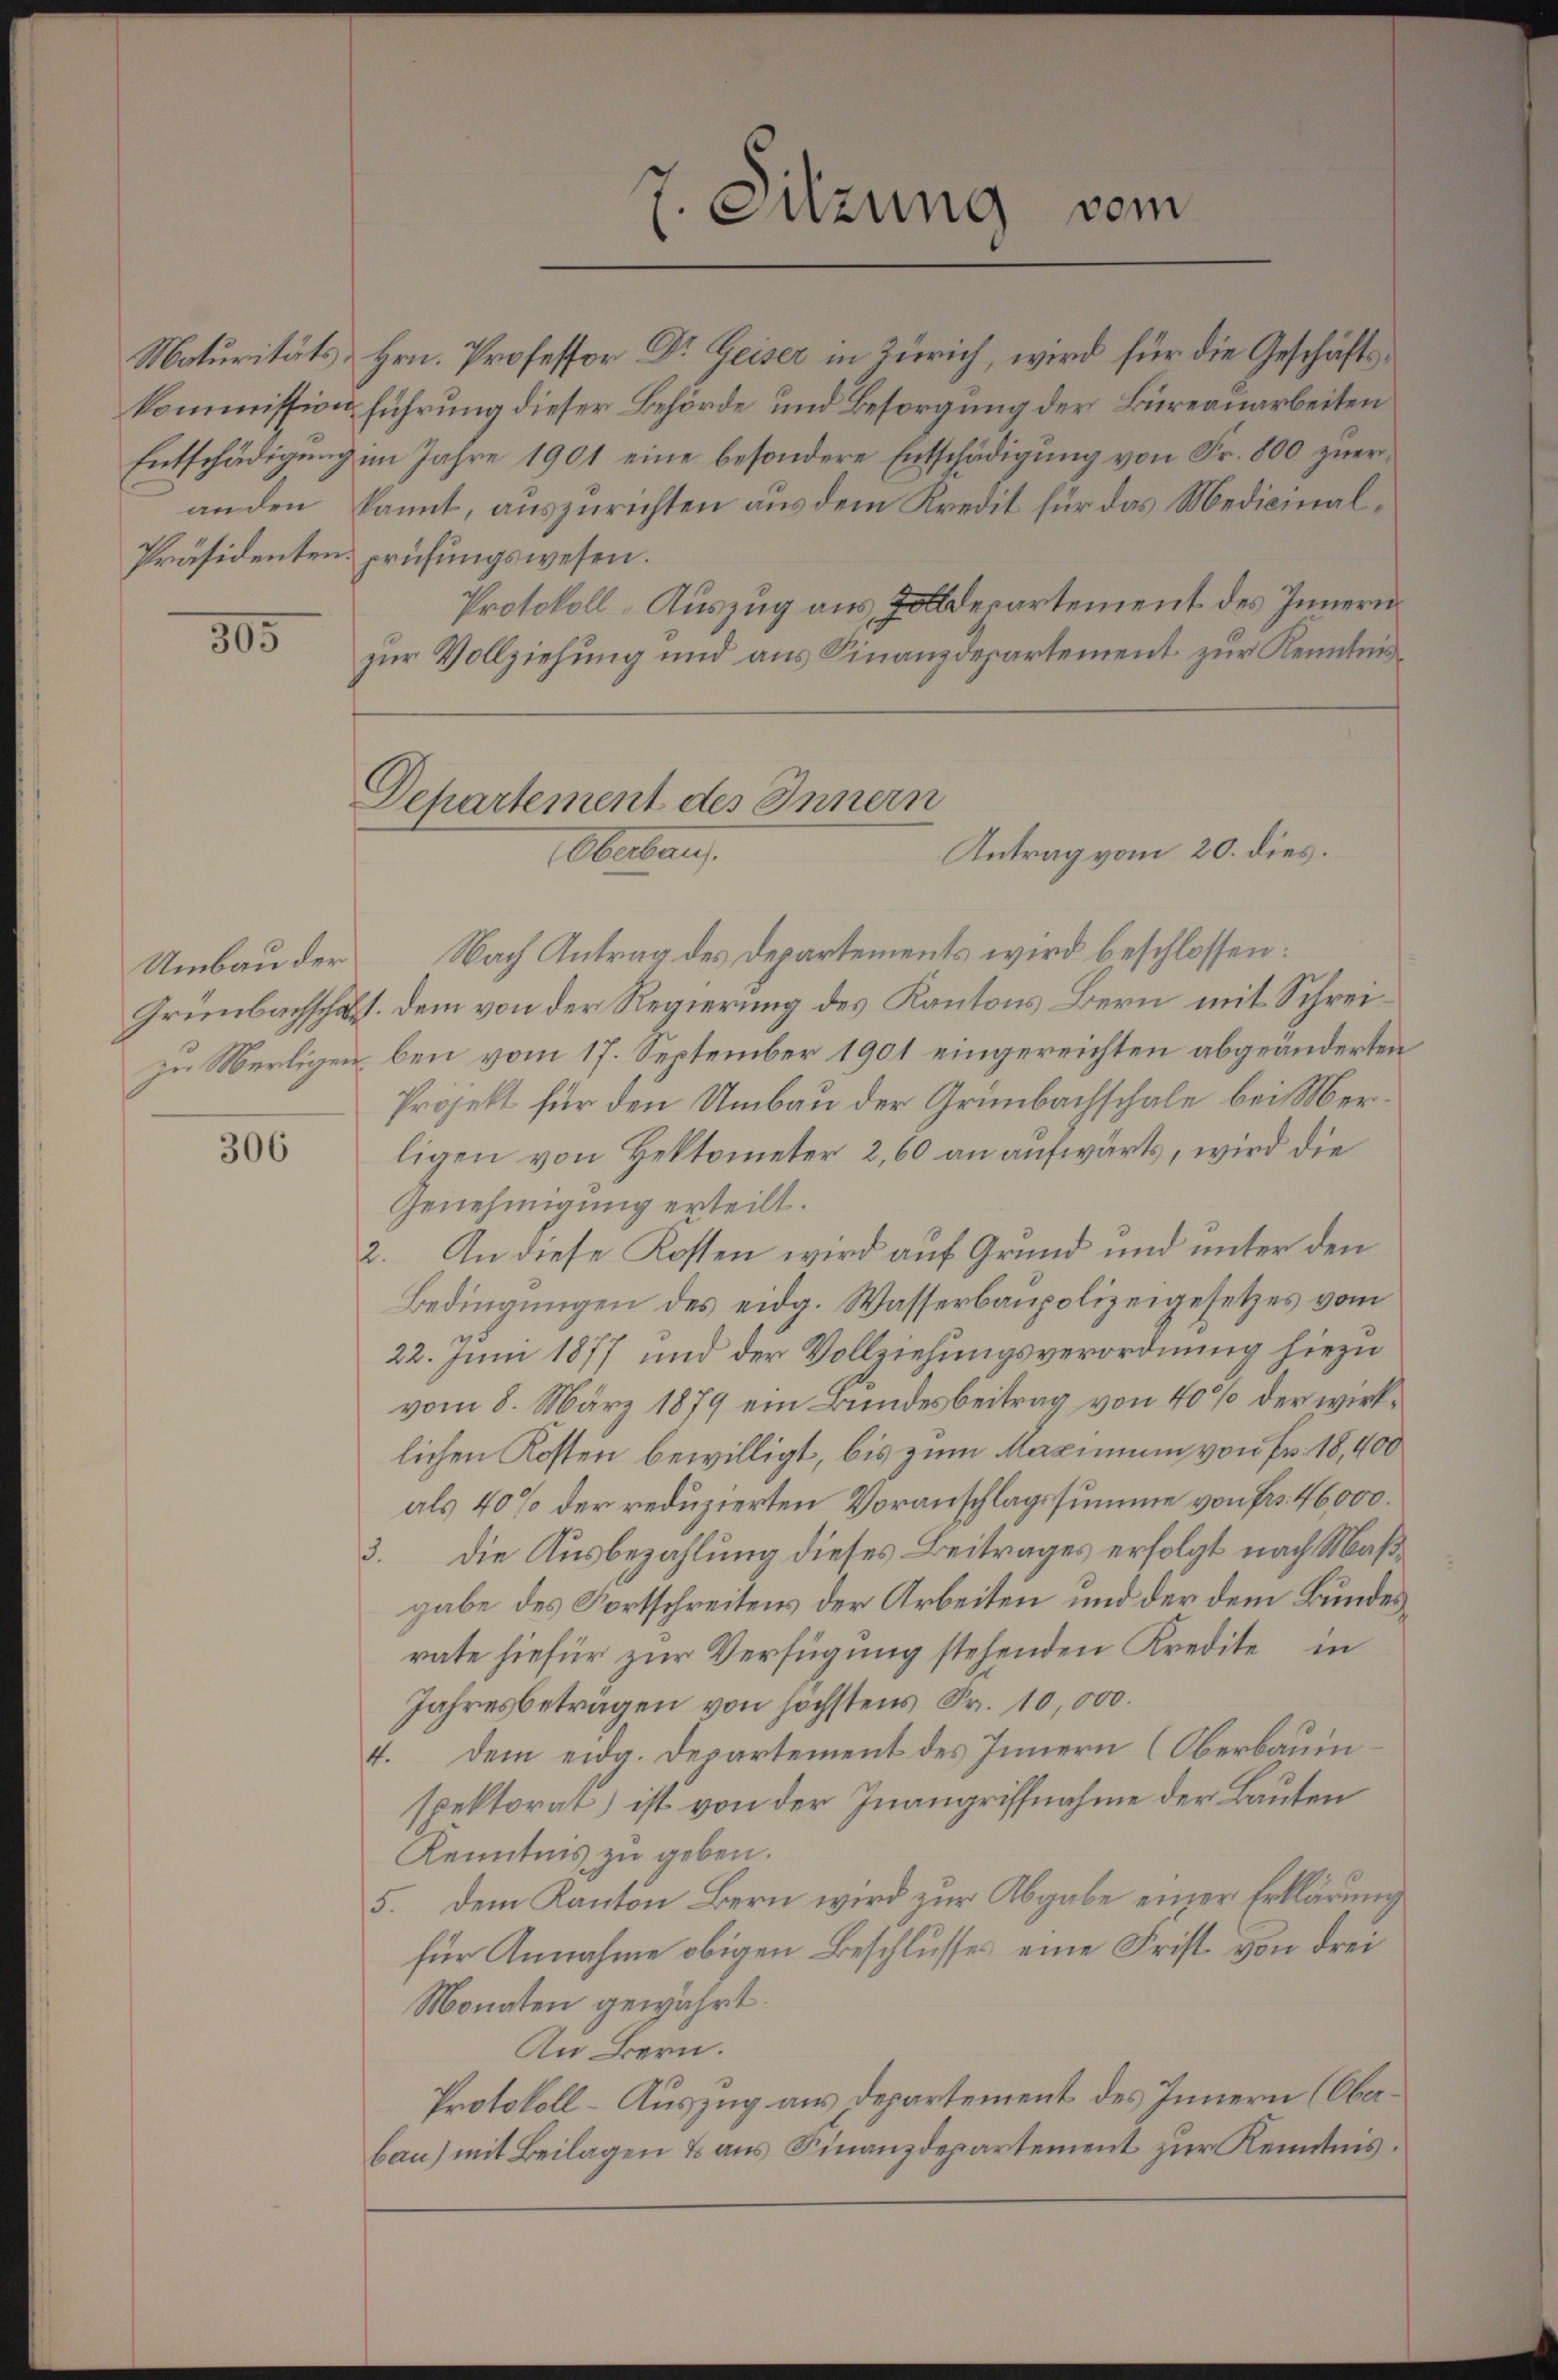
Präsidenten prüfungswesen.

305

Umbau der

306

Maturitäts Hrn. Professor Dr. Geiser in Zürich, wird für die Geschäftskommission führung dieser Behörde und Besorgung der Bureauarbeiten
Entschädigung im Jahre 1901 eine besondere Entschädigung von Fr. 800 zueranden kannt, auszurichten aus dem Kredit für das Medicinal¬
Protokoll-Auszug aus Zolldepartement des Innern
zur Vollziehung und aus Finanzdepartement zur Kenntnis¬

Nach Antrag des Departements wird beschlossen:
Grünbachschaft. Dem von der Regierung des Kantons Bern mit Schreizu Merligen bei vom 17. September 1901 eingereichten abgeänderten
Projekt für den Umbau der Grünbachschale bei Merligen von Hektometer 2,60 an aufwärts, wird die
Genehmigung erteilt.
2. An diese Kosten wird auf Grund und unter den
Bedingungen des eidg. Wasserbaupolizeigesetzes vom
22. Juni 1877 und der Vollziehungsverordnung hiezu
vom 8. März 1879 ein Bundesbeitrag von 40% der wirklichen Kosten bewilligt, bis zum Maximum von Fr. 18,400
als 40% der reduzierten Voranschlagssumme von Fr. 46000.
3. die Ausbezahlung dieses Beitrages erfolgt nach Maßgabe des Fortschreitens der Arbeiten und der dem Bundesrate hiefür zur Verfügung stehenden Kredite in
Jahresbeträgen von höchstens Fr. 10,000.
4. dem eidg. Departement des Innern (Oberbauinspektorat) ist von der Inangriffnahme der Bauten
Kenntnis zu geben.
5. dem Kanton Bern wird zur Abgabe einer Erklärung
für Annahme obigen Beschlusses eine Frist von drei
Monaten gewährt.
An Bern.
Protokoll-Auszug aus Departement des Innern (Oberbau) mit Beilagen & aus Finanzdepartement zur Kenntnis¬

7. Sitzung vom

Departement des Innern
Antrag vom 20. dies.
Obera